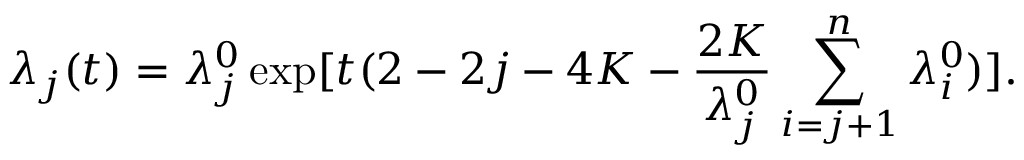
\lambda _ { j } ( t ) = \lambda _ { j } ^ { 0 } \exp [ t ( 2 - 2 j - 4 K - \frac { 2 K } { \lambda _ { j } ^ { 0 } } \sum _ { i = j + 1 } ^ { n } \lambda _ { i } ^ { 0 } ) ] .